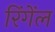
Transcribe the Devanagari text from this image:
रिंगेंल